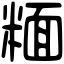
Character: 糆